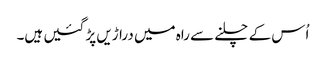
اُس کے چلنے سے راہ میں دراڑیں پڑ گئیں ہیں۔